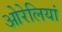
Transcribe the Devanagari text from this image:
ओरेलियां